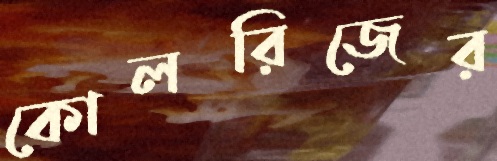
কোলরিজের